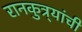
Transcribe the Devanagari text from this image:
रानकुत्र्यांची